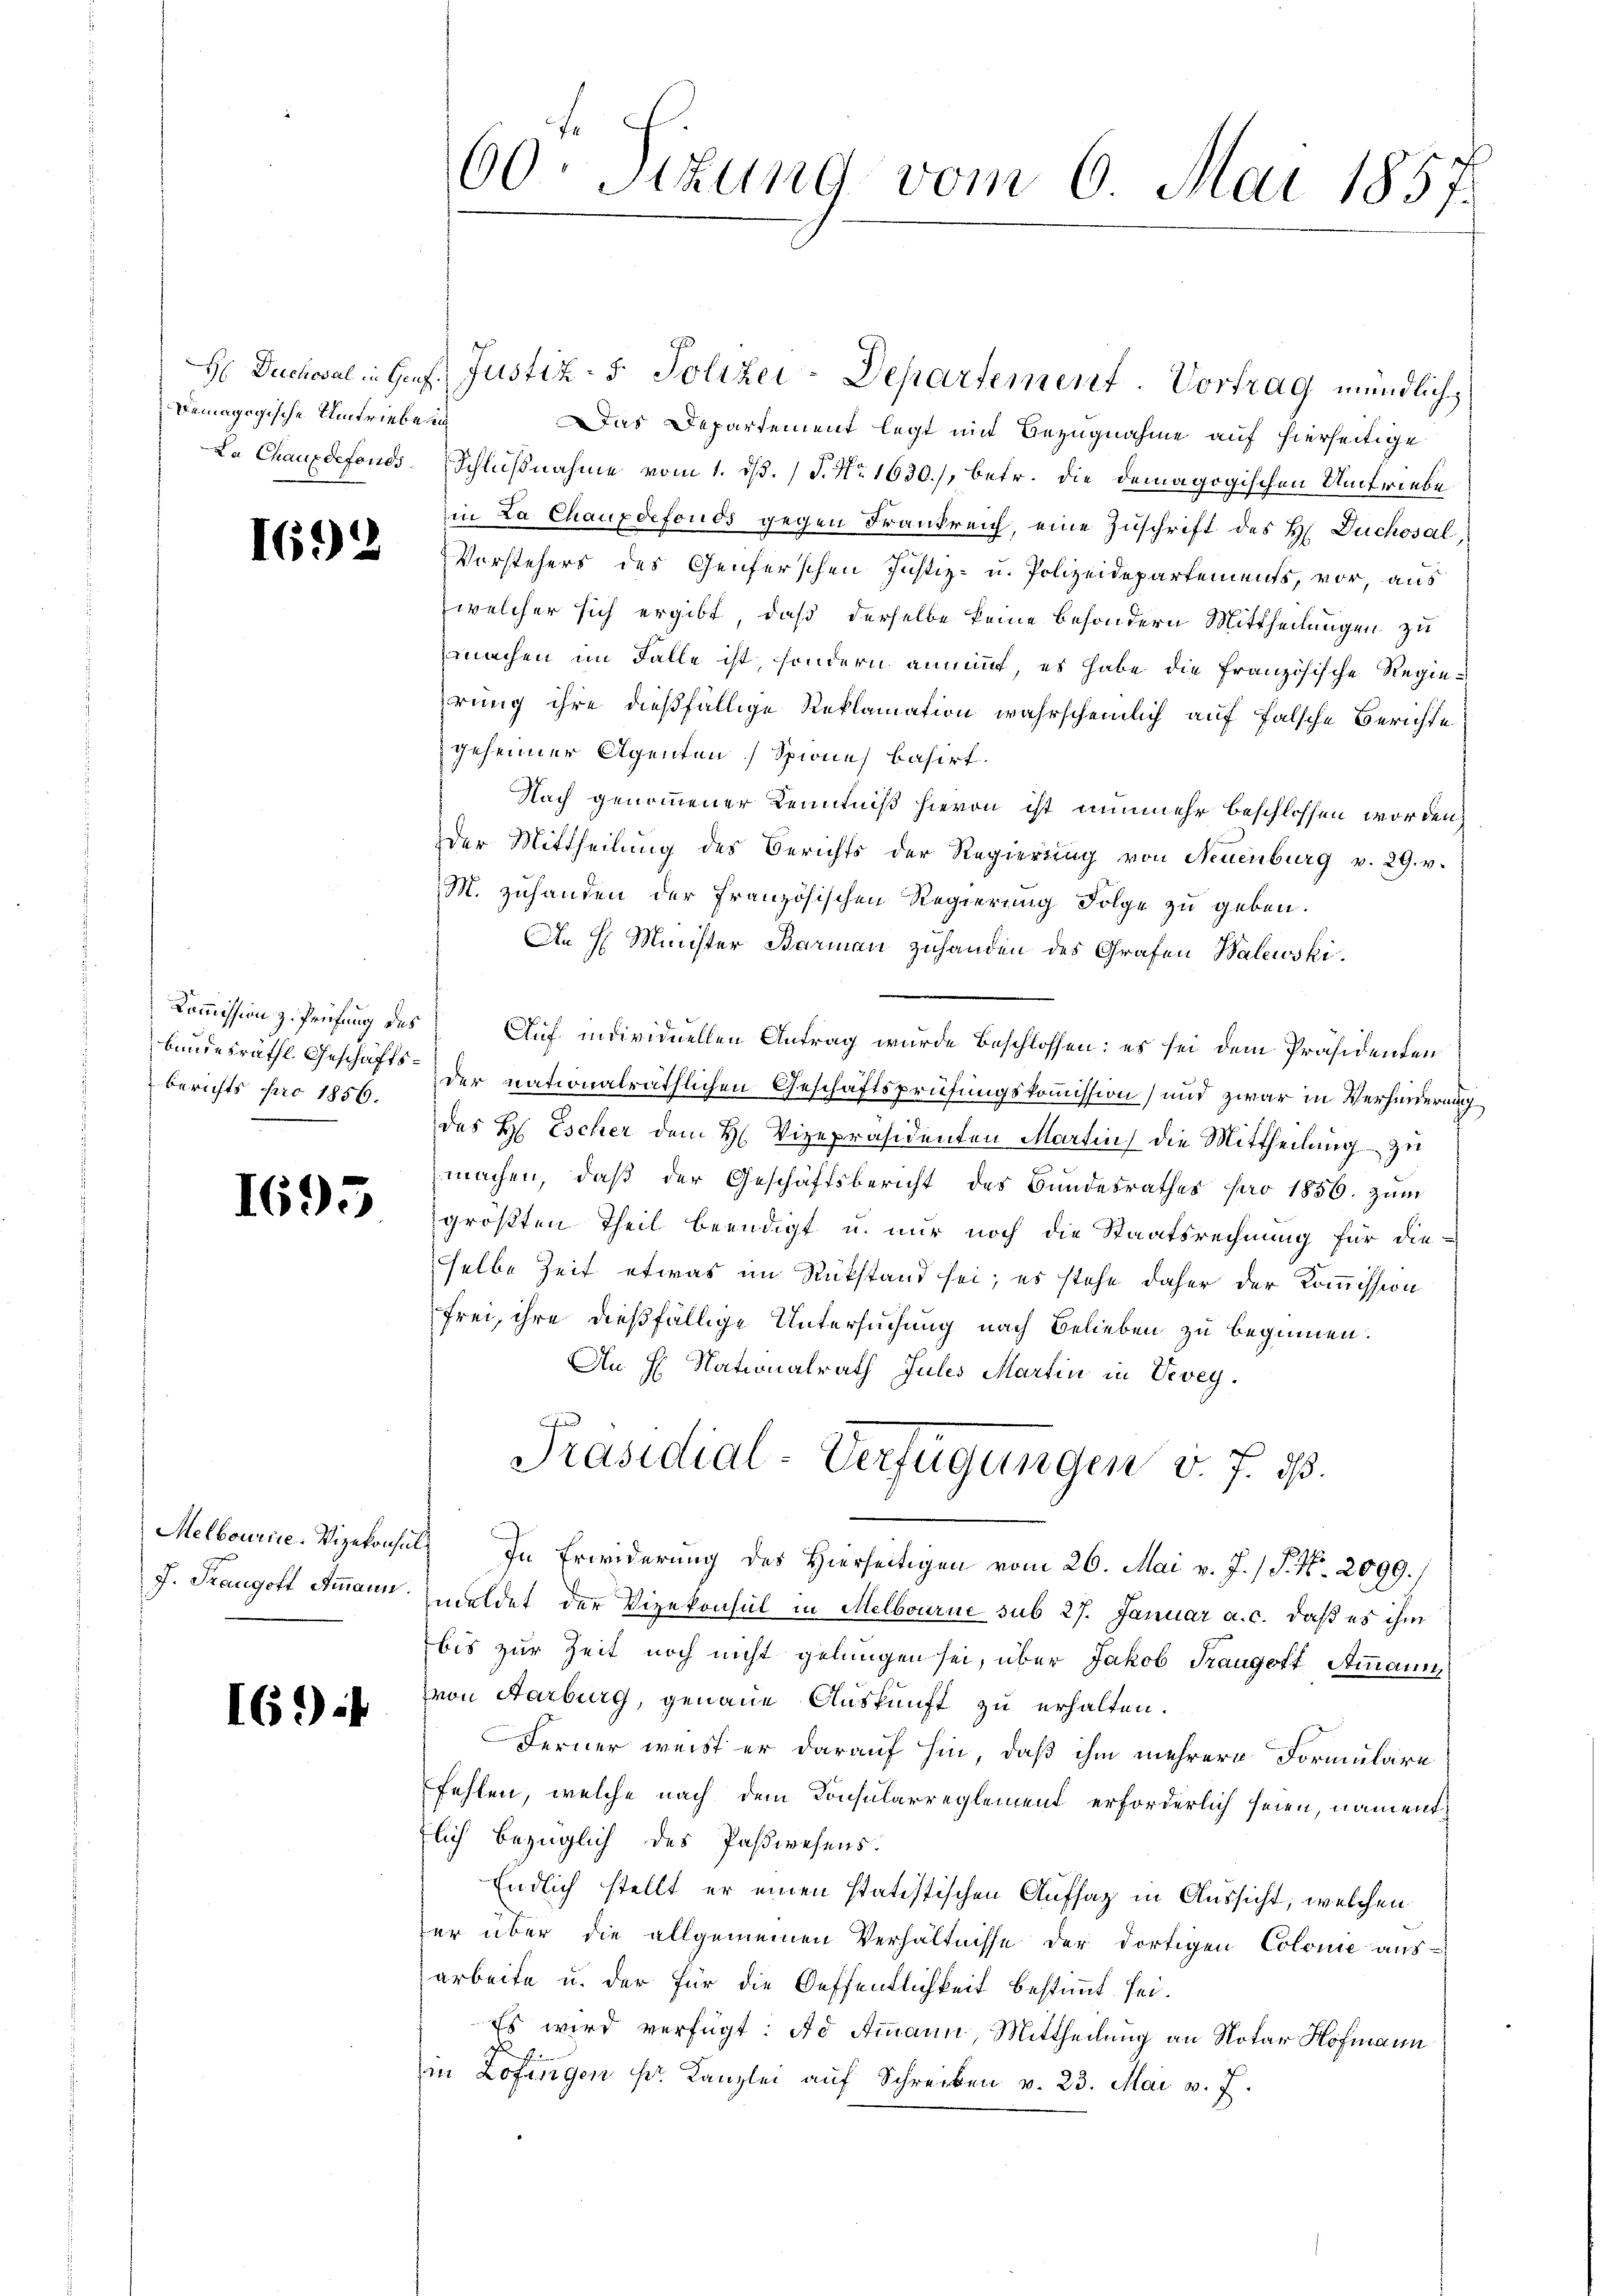
Demagogische Umtriebe in
La Chaufdefonds.

1695

169:

I692

Kommission z. Prüfung des
bundesräthl. Geschäftsberichts pro 1856.

Melbourire-Vizekonsul¬
J. Traugoff Ammann.

60. Sizung vom 6. Mai 1857.

H Duchoval in Genf. Justiz- & Polizei-Departement. Vortrag mündlich
Das Departement legt mit Bezugnahme auf hierseitige
Schlußnahme vom 1. ds. (T. No. 1630), betr. die demagogischen Umtriebe
in La Chauxdefonds gegen Frankreich, eine Zuschrift des H. Duchosal
Vorstehers des Genferschen Justiz- u. Polizeidepartements, vor, aus
welcher sich ergibt, daß derselbe keine besondern Mittheilungen zu
machen im Falle ist, sondern annung, es habe die französische Regierung ihre dießfällige Reklamation wahrscheinlich auf falsche Berichte
geheimer Agenten Spione basirt.
Nach genommener Kenntniß hievon ist nunmehr beschlossen worden,
Der Mittheilung des Berichts der Regierung von Neuenburg v. 29. v.
M. zuhanden der Französischen Regierung Folge zu geben.
An H. Minister Barmen zuhanden des Grafen Walewski.
Auf individuellen Antrag wurde beschlossen; es sei dem Präsidenten
der nationalräthlichen Geschäftsprüfungskommission und zwar in Verhinderung
des H. Escher dem H. Vizepräsidenten Martin die Mittheilung zu
machen, daß der Geschäftsbericht des Bundesrathes pro 1856. zum
größten Theil beendigt u. nur noch die Staatsrechnung für die-
selbe Zeit etwas im Rükstand sei; es stehe daher der Kommission
frei, ihre dießfällige Untersuchung nach Belieben zu beginnen.
An H. Nationalrath Julis Martin in Vevey.
Präsidial-Verfügungen v. J. 18.
In Erwiderung des Hierseitigen vom 26. Mai v. J. / P. Nr. 2099./
meldet der Vizekonsul in Melbourne sub 27. Januar a. c. daß es ihm
bis zur Zeit noch nicht gelungen sei, über Jakob Traugoft Ammann,
von Aarburg, genaue Auskunft zu erhalten.
Ferner weißt er darauf hin, daß ihm mehrere Formulare
fehlen, welche nach dem Konsularreglement erforderlich seien, namentflich bezüglich des Passwesens.
Endlich stellt er einen statistischen Aufsatz in Aussicht, welchen
er über die allgemeinen Verhältnisse der dortigen Colome aus-
arbeite u. der für die Oeffentlichkeit bestimmt sei.
Es wird verfügt: No Ammann, Mittheilung an Notar Hofmann
in Zofingen pr. Kanzlei auf Schreiben v. 23. Mai v. J.